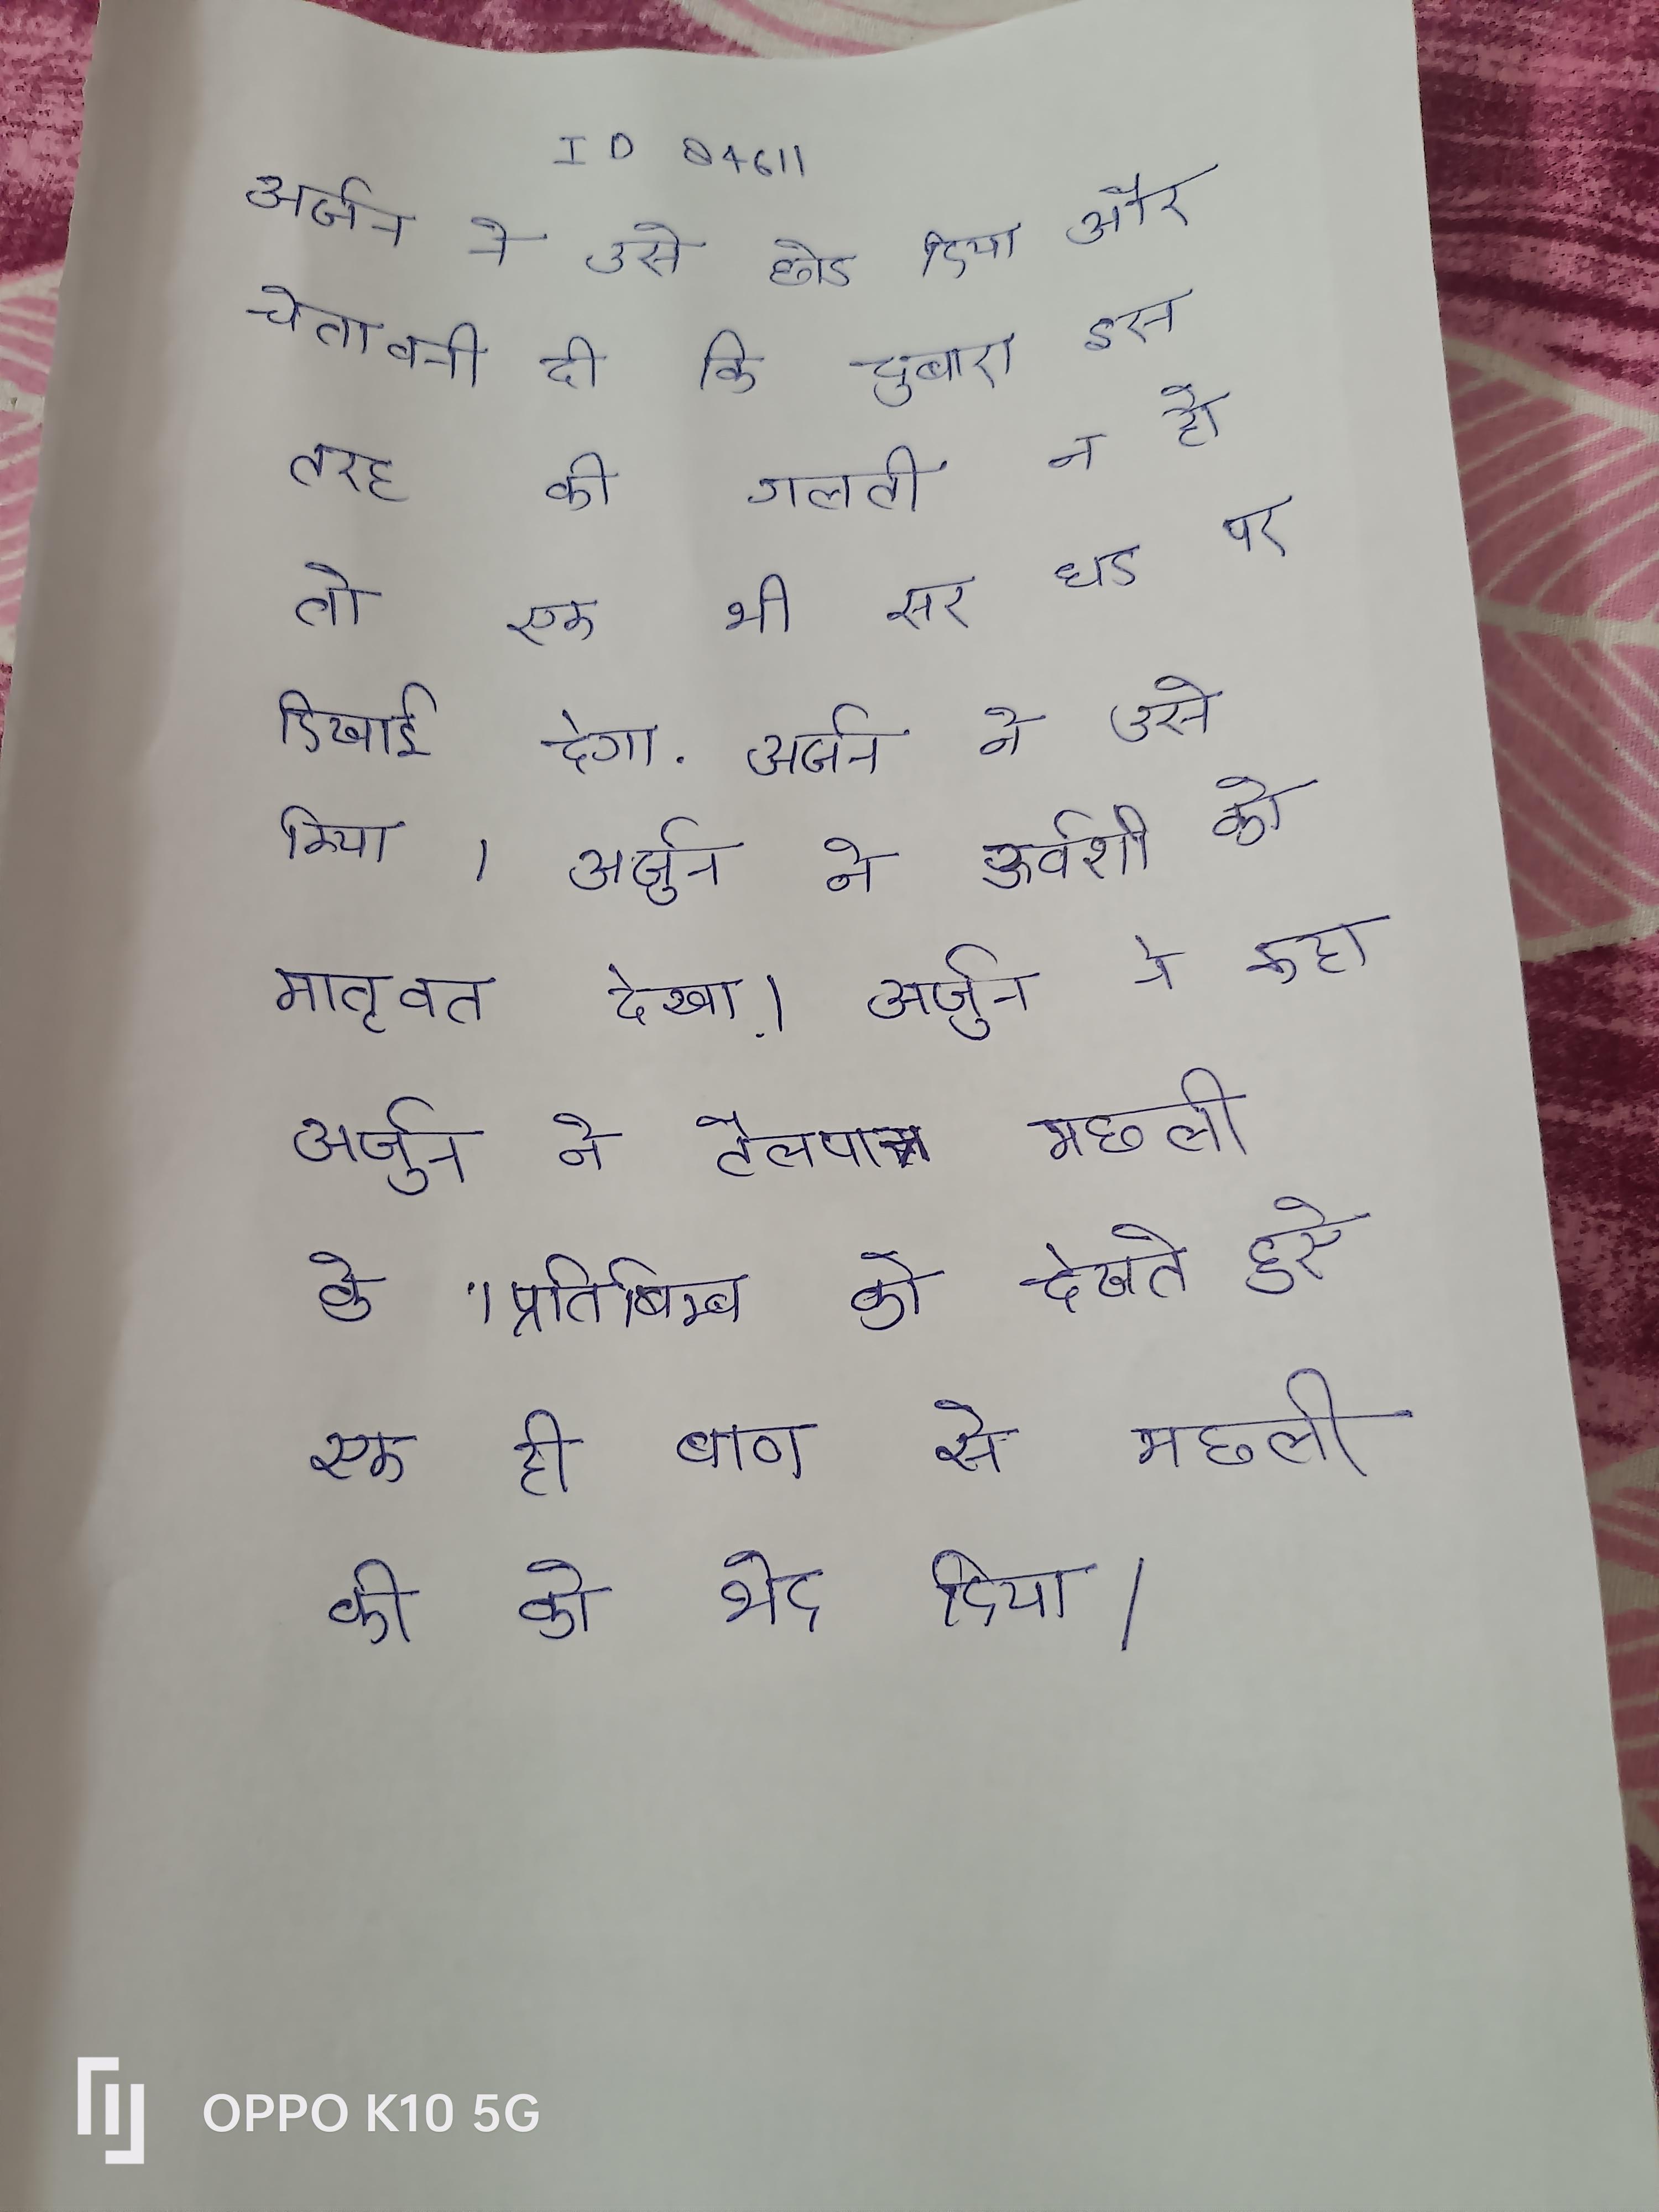
अर्जुन ने उसे छोड दिया और चेतावनी दी कि दुबारा इस तरह की गलती न हो तो एक भी सर धड पर दिखाई देगा . अर्जुन ने उसे किया । अर्जुन ने ऊर्वशी को मातृवत देखा । अर्जुन ने कहा, अर्जुन ने तैलपात्र मछली के प्रतिबिम्ब को देखते हुये एक ही बाण से मछली की को भेद दिया ।